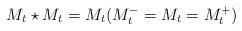
LaTeX: \begin{align*}M_t\star M_t= M_t (M_t^-=M_t=M_t^+)\end{align*}